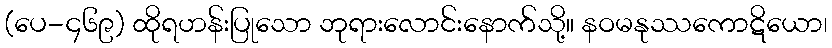
(ပေ-၄၆၉) ထိုရဟန်းပြုသော ဘုရားလောင်းနောက်သို့။ နဝမနုဿကောဋိယော၊